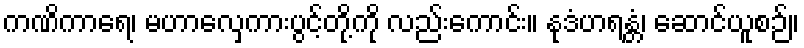
ကဏိကာရေ၊ မဟာလှေကားပွင့်တို့ကို လည်းကောင်း။ နုဒံဟရန္တံ၊ ဆောင်ယူစဉ်။